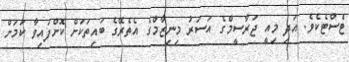
ޓެސްޓެކެވެ. އަދި މިއީ ޖަރާސީމްގެ އަސަރު މިނިޒާމްގެ އެތެރޭގެ ބައިތަކަށް ކޮށްފައިވާ ކަމަށް